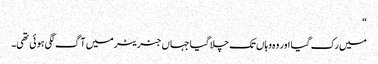
“
میں رک گیا اور وہ وہاں تک چلا گیا جہاں جنریٹر میں آگ لگی ہوئی تھی۔